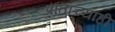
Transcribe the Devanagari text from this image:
प्रांताच्याही